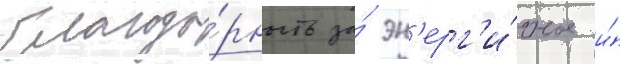
благода́рность за́ эн'ерг'и́чное и́